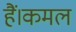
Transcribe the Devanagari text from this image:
हैं।कमल